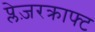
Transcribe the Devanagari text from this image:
प्लेज़रक्राफ्ट